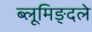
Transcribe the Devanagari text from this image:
ब्लूमिङ्दले